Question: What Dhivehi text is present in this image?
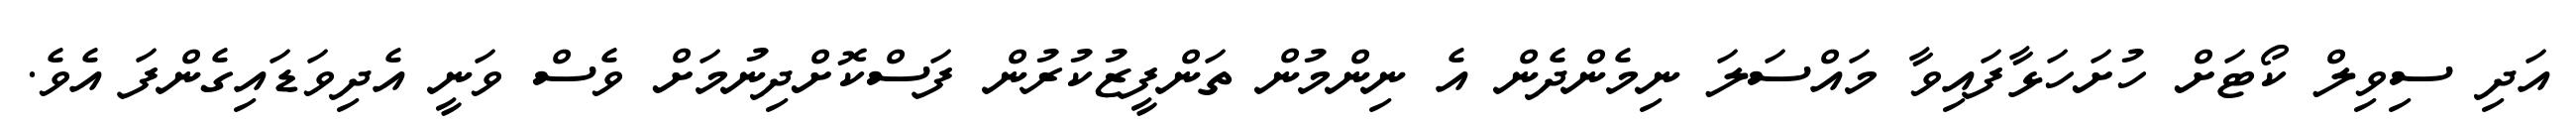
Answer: އަދި ސިވިލް ކޯޓަށް ހުށަހަޅާފައިވާ މައްސަލަ ނިމެންދެން އެ ނިންމުން ތަންފީޒުކުރުން ފަސްކޮށްދިނުމަށް ވެސް ވަނީ އެދިވަޑައިގެންފަ އެވެ.